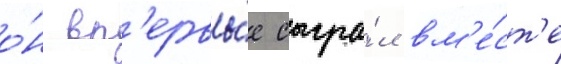
о́н вп'ервы́е сыгра́л вм'е́ст'е